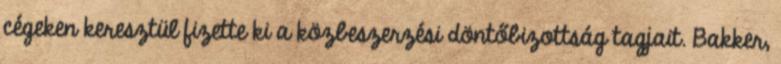
cégeken keresztül fizette ki a közbeszerzési döntőbizottság tagjait. Bakker,